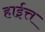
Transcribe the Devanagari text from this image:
हाईत्त